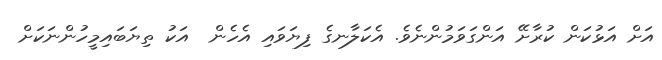
އަށް އަޅުކަން ކުރާށޭ އަންގަވަމުންނެވެ. އެކަލާނގެ ފިޔަވައި އެހެން  އަކު ތިޔަބައިމީހުންނަކަށް